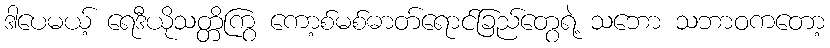
ဒါပေမယ့် ရေဒီယိုသတ္တိကြွ ကော့စ်မစ်ဓာတ်ရောင်ခြည်တွေရဲ့ သဘော သဘာဝကတော့